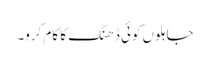
جاہلوں کوئی ڈھنگ کا کام کرو۔